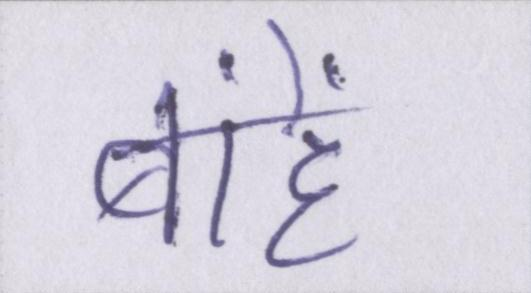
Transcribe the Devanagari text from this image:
बांहें